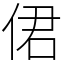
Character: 侰